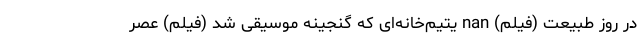
در روز طبیعت (فیلم) nan یتیم‌خانه‌ای که گنجینه موسیقی شد (فیلم) عصر